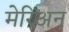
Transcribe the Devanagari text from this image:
मेरिअन